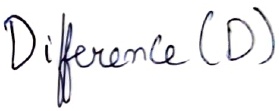
Text: Difference (D)